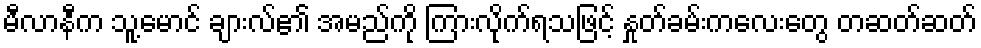
မီလာနီက သူ့မောင် ချားလ်၏ အမည်ကို ကြားလိုက်ရသဖြင့် နှုတ်ခမ်းကလေးတွေ တဆတ်ဆတ်